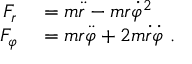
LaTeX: \begin{array} { r l } { F _ { r } } & { { } = m { \ddot { r } } - m r { \dot { \varphi } } ^ { 2 } } \\ { F _ { \varphi } } & { { } = m r { \ddot { \varphi } } + 2 m { \dot { r } } { \dot { \varphi } } \ . } \end{array}